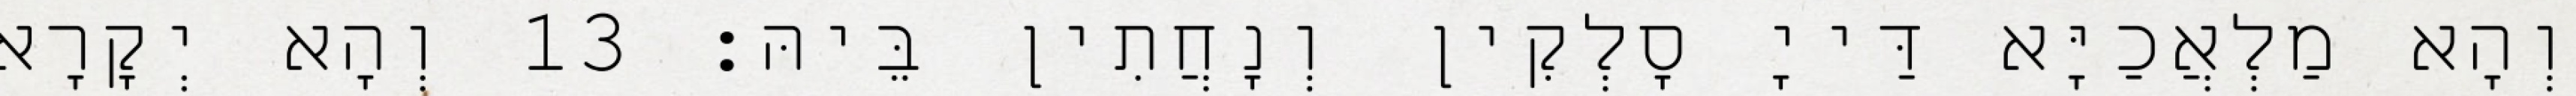
וְהָא מַלְאֲכַיָּא דַּייָ סָלְקִין וְנָחֲתִין בֵּיהּ׃ 13 וְהָא יְקָרָא